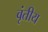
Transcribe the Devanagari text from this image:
वृंतीय